Indian Medical Review
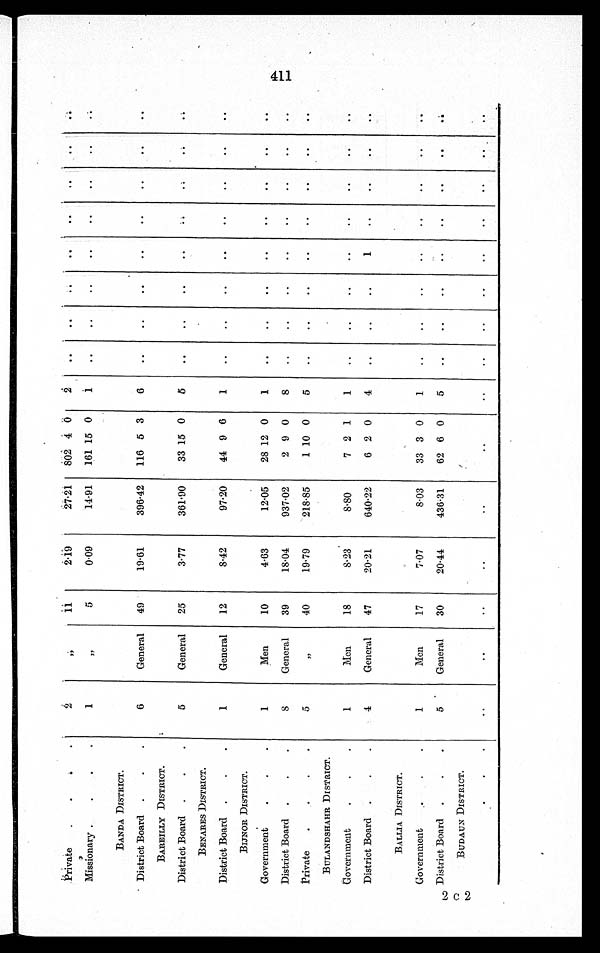
Private
2
„
11
2.19
2 7 . 2 1 802 4 0
2
Missionary
1
„
5
0.09
14.91
161 15 0
1
BANDA DISTRICT.
District Board
6
General
49
19.61
396.42
116 5 3
6
BAREILLY DISTRICT.
District Board
5
General
25
3.77
361.90
33 15 0
5
BENARES DISTRICT.
District Board
1
General
12
8.42
97.20
44 9 6
1
BIJNOR DISTRICT.
Government
1
Men
10
4.63
12.05
28 12 0
1
District Board
8
General
39
18.04
937.02
2 9 0
8
Private
5
„
40
19.79
218.85
1 10 0
5
BULANDSHAHR DISTRICT .
Government
1
Men
18
8.23
8.80
7 2 1
1
District Board
4
General
47
20.21
640.22
6 2 0
4
1
BALLIA DISTRICT.
Government
1
Men
17
7.07
8.03
33 3 0
1
2 District Board
5
General
30
20.44
436.31
62 6 0
5
0
BUDAUN DISTRICT.
2
411